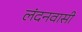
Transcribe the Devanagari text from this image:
लंदनवासी